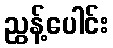
ညွန့်ပေါင်း